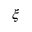
\xi